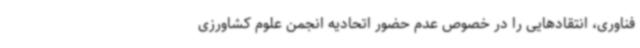
فناوری، انتقادهایی را در خصوص عدم حضور اتحادیه انجمن علوم کشاورزی